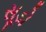
સૂડો